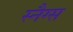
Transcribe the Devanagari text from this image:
स्नैग्स